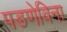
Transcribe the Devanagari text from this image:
पडणेविना